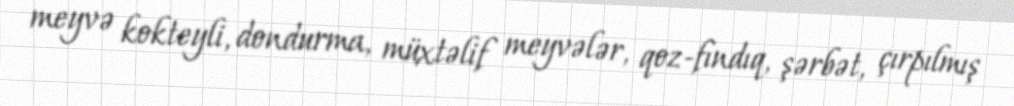
meyvə kokteyli, dondurma, müxtəlif meyvələr, qoz-fındıq, şərbət, çırpılmış